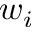
w _ { i }